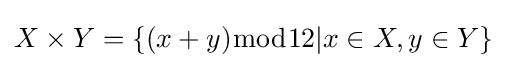
X\times Y=\{(x+y){\bmod {1}}2|x\in X,y\in Y\}